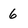
Character: 6